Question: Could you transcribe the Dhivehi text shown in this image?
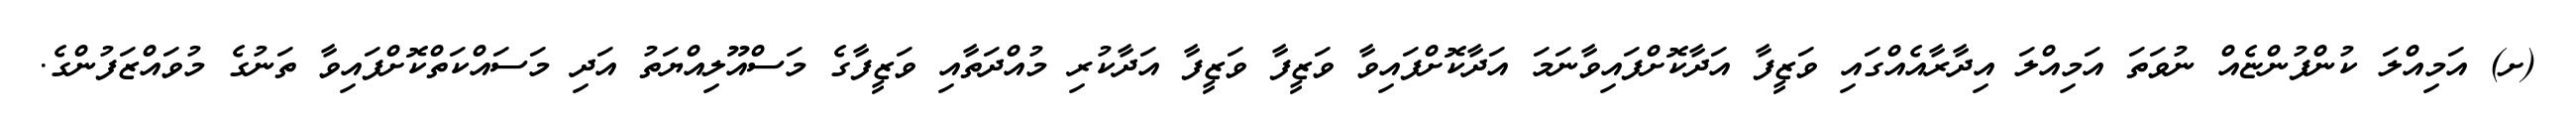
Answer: (ށ) އަމިއްލަ ކުންފުންޏެއް ނުވަތަ އަމިއްލަ އިދާރާއެއްގައި ވަޒީފާ އަދާކޮށްފައިވާނަމަ އަދާކޮށްފައިވާ ވަޒީފާ ވަޒީފާ އަދާކުރި މުއްދަތާއި ވަޒީފާގެ މަސްއޫލިއްޔަތު އަދި މަސައްކަތްކޮށްފައިވާ ތަނުގެ މުވައްޒަފުންގެ.